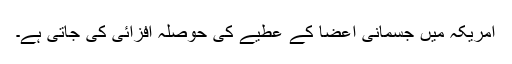
امریکہ میں جسمانی اعضا کے عطیے کی حوصلہ افزائی کی جاتی ہے۔